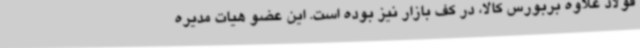
فولاد علاوه بربورس کالا، در کف بازار نیز بوده است. این عضو هیات مدیره